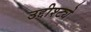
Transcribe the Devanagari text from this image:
उद्दीश्ट्ये